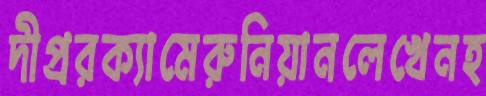
দীপ্ররক্যামেরুনিয়ানলেখেনহ